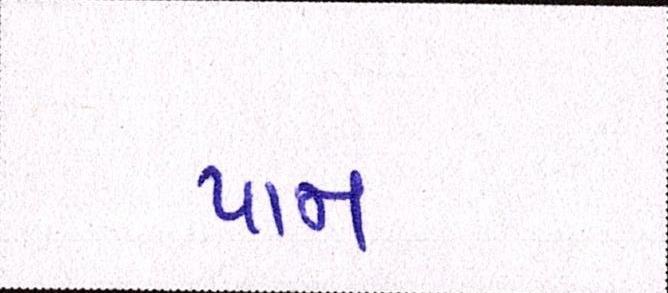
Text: પામ